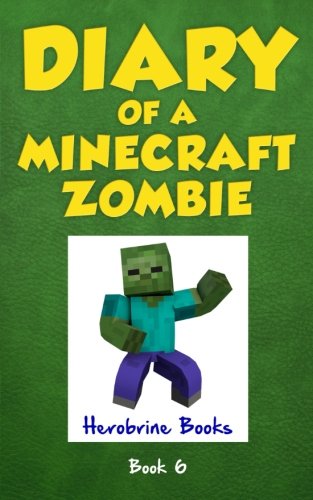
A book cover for Diary of a Minecraft Zombie Book 6: Zombie Goes To Camp (An Unofficial Minecraft Book); Herobrine Books; Children's Books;